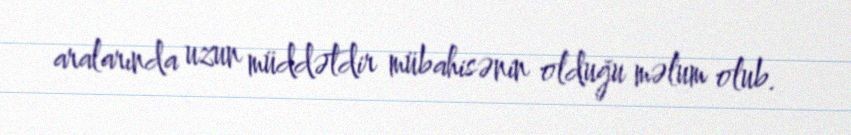
aralarında uzun müddətdir mübahisənin olduğu məlum olub.